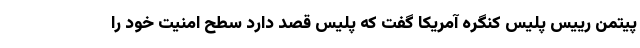
پیتمن رییس پلیس کنگره آمریکا گفت که پلیس قصد دارد سطح امنیت خود را